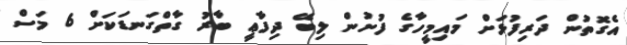
އެގޮތުން ދަރިފުޅަށް މައިމީހާގެ ފުށުން ލިބޭ ދިފާޢީ ބާރު ގާތްގަނޑަކަށް 6 މަސް